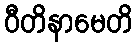
ဝီတိနာမေတိ